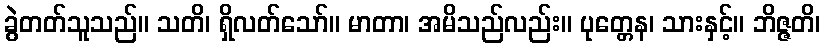
ခွဲတတ်သူသည်။ သတိ၊ ရှိလတ်သော်။ မာတာ၊ အမိသည်လည်း။ ပုတ္တေန၊ သားနှင့်။ ဘိဇ္ဇတိ၊